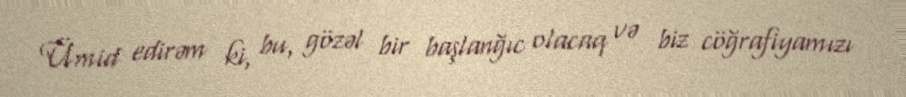
Ümid edirəm ki, bu, gözəl bir başlanğıc olacaq və biz cöğrafiyamızı